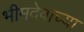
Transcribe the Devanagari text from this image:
भीमदेवाच्या